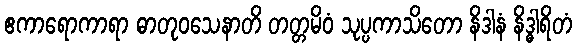
ဧကာရောကာရာ ဓာတုဝသေနာတိ တတ္တမိဝံ သုပ္ပကာသိတော နိဒါနံ နိဒ္ဓါရိတံ